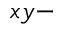
x y -